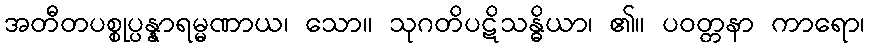
အတီတပစ္စုပ္ပန္နာရမ္မဏာယ၊ သော။ သုဂတိပဋိသန္ဓိယာ၊ ၏။ ပဝတ္တနာ ကာရော၊